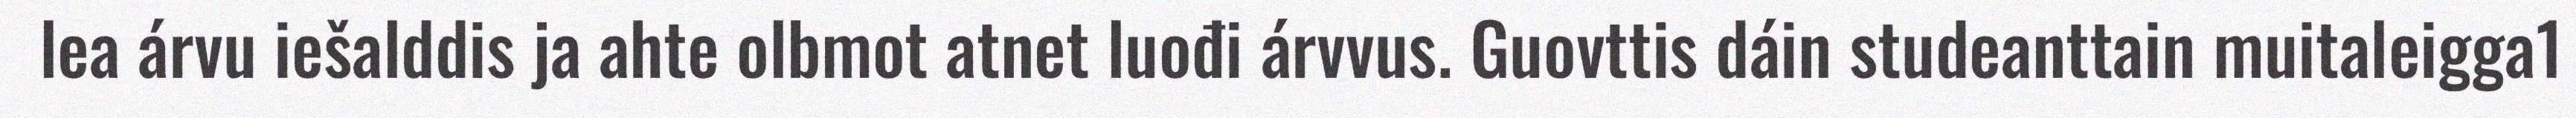
lea árvu iešalddis ja ahte olbmot atnet luođi árvvus. Guovttis dáin studeanttain muitaleigga1